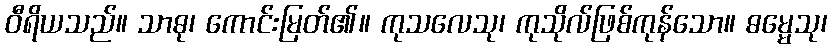
ဝီရိယသည်။ သာဓု၊ ကောင်းမြတ်၏။ ကုသလေသု၊ ကုသိုလ်ဖြစ်ကုန်သော။ ဓမ္မေသု၊